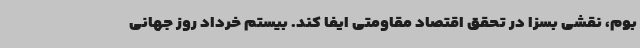
بوم، نقشی بسزا در تحقق اقتصاد مقاومتی ایفا کند. بیستم خرداد روز جهانی